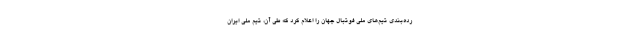
رده‌بندی تیم‌های ملی فوتبال جهان را اعلام کرد که طی آن، تیم ملی ایران